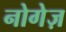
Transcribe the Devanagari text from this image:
नोगेज़